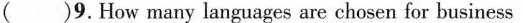
( )9. How many languages are chosen for business